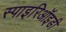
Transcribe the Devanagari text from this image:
स्पाइरिऑइडी